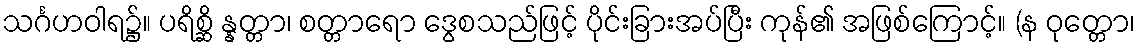
သင်္ဂဟဝါရ၌။ ပရိစ္ဆိ န္နတ္တာ၊ စတ္တာရော ဒွေစသည်ဖြင့် ပိုင်းခြားအပ်ပြီး ကုန်၏ အဖြစ်ကြောင့်။ (န ဝုတ္တော၊